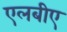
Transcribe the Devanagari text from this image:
एलबीए